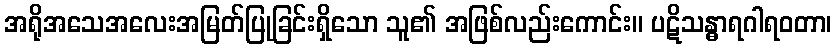
အရိုအသေအလေးအမြတ်ပြုခြင်းရှိသော သူ၏ အဖြစ်လည်းကောင်း။ ပဋိသန္ဓာရဂါရဝတာ၊